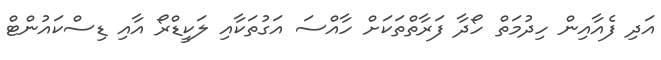
އަދި ފެއާއިން ހިދުމަތް ހޯދާ ފަރާތްތަކަށް ހާއްސަ އަގުތަކާއި ލަކީޑްރޯ އާއި ޑިސްކައުންޓް